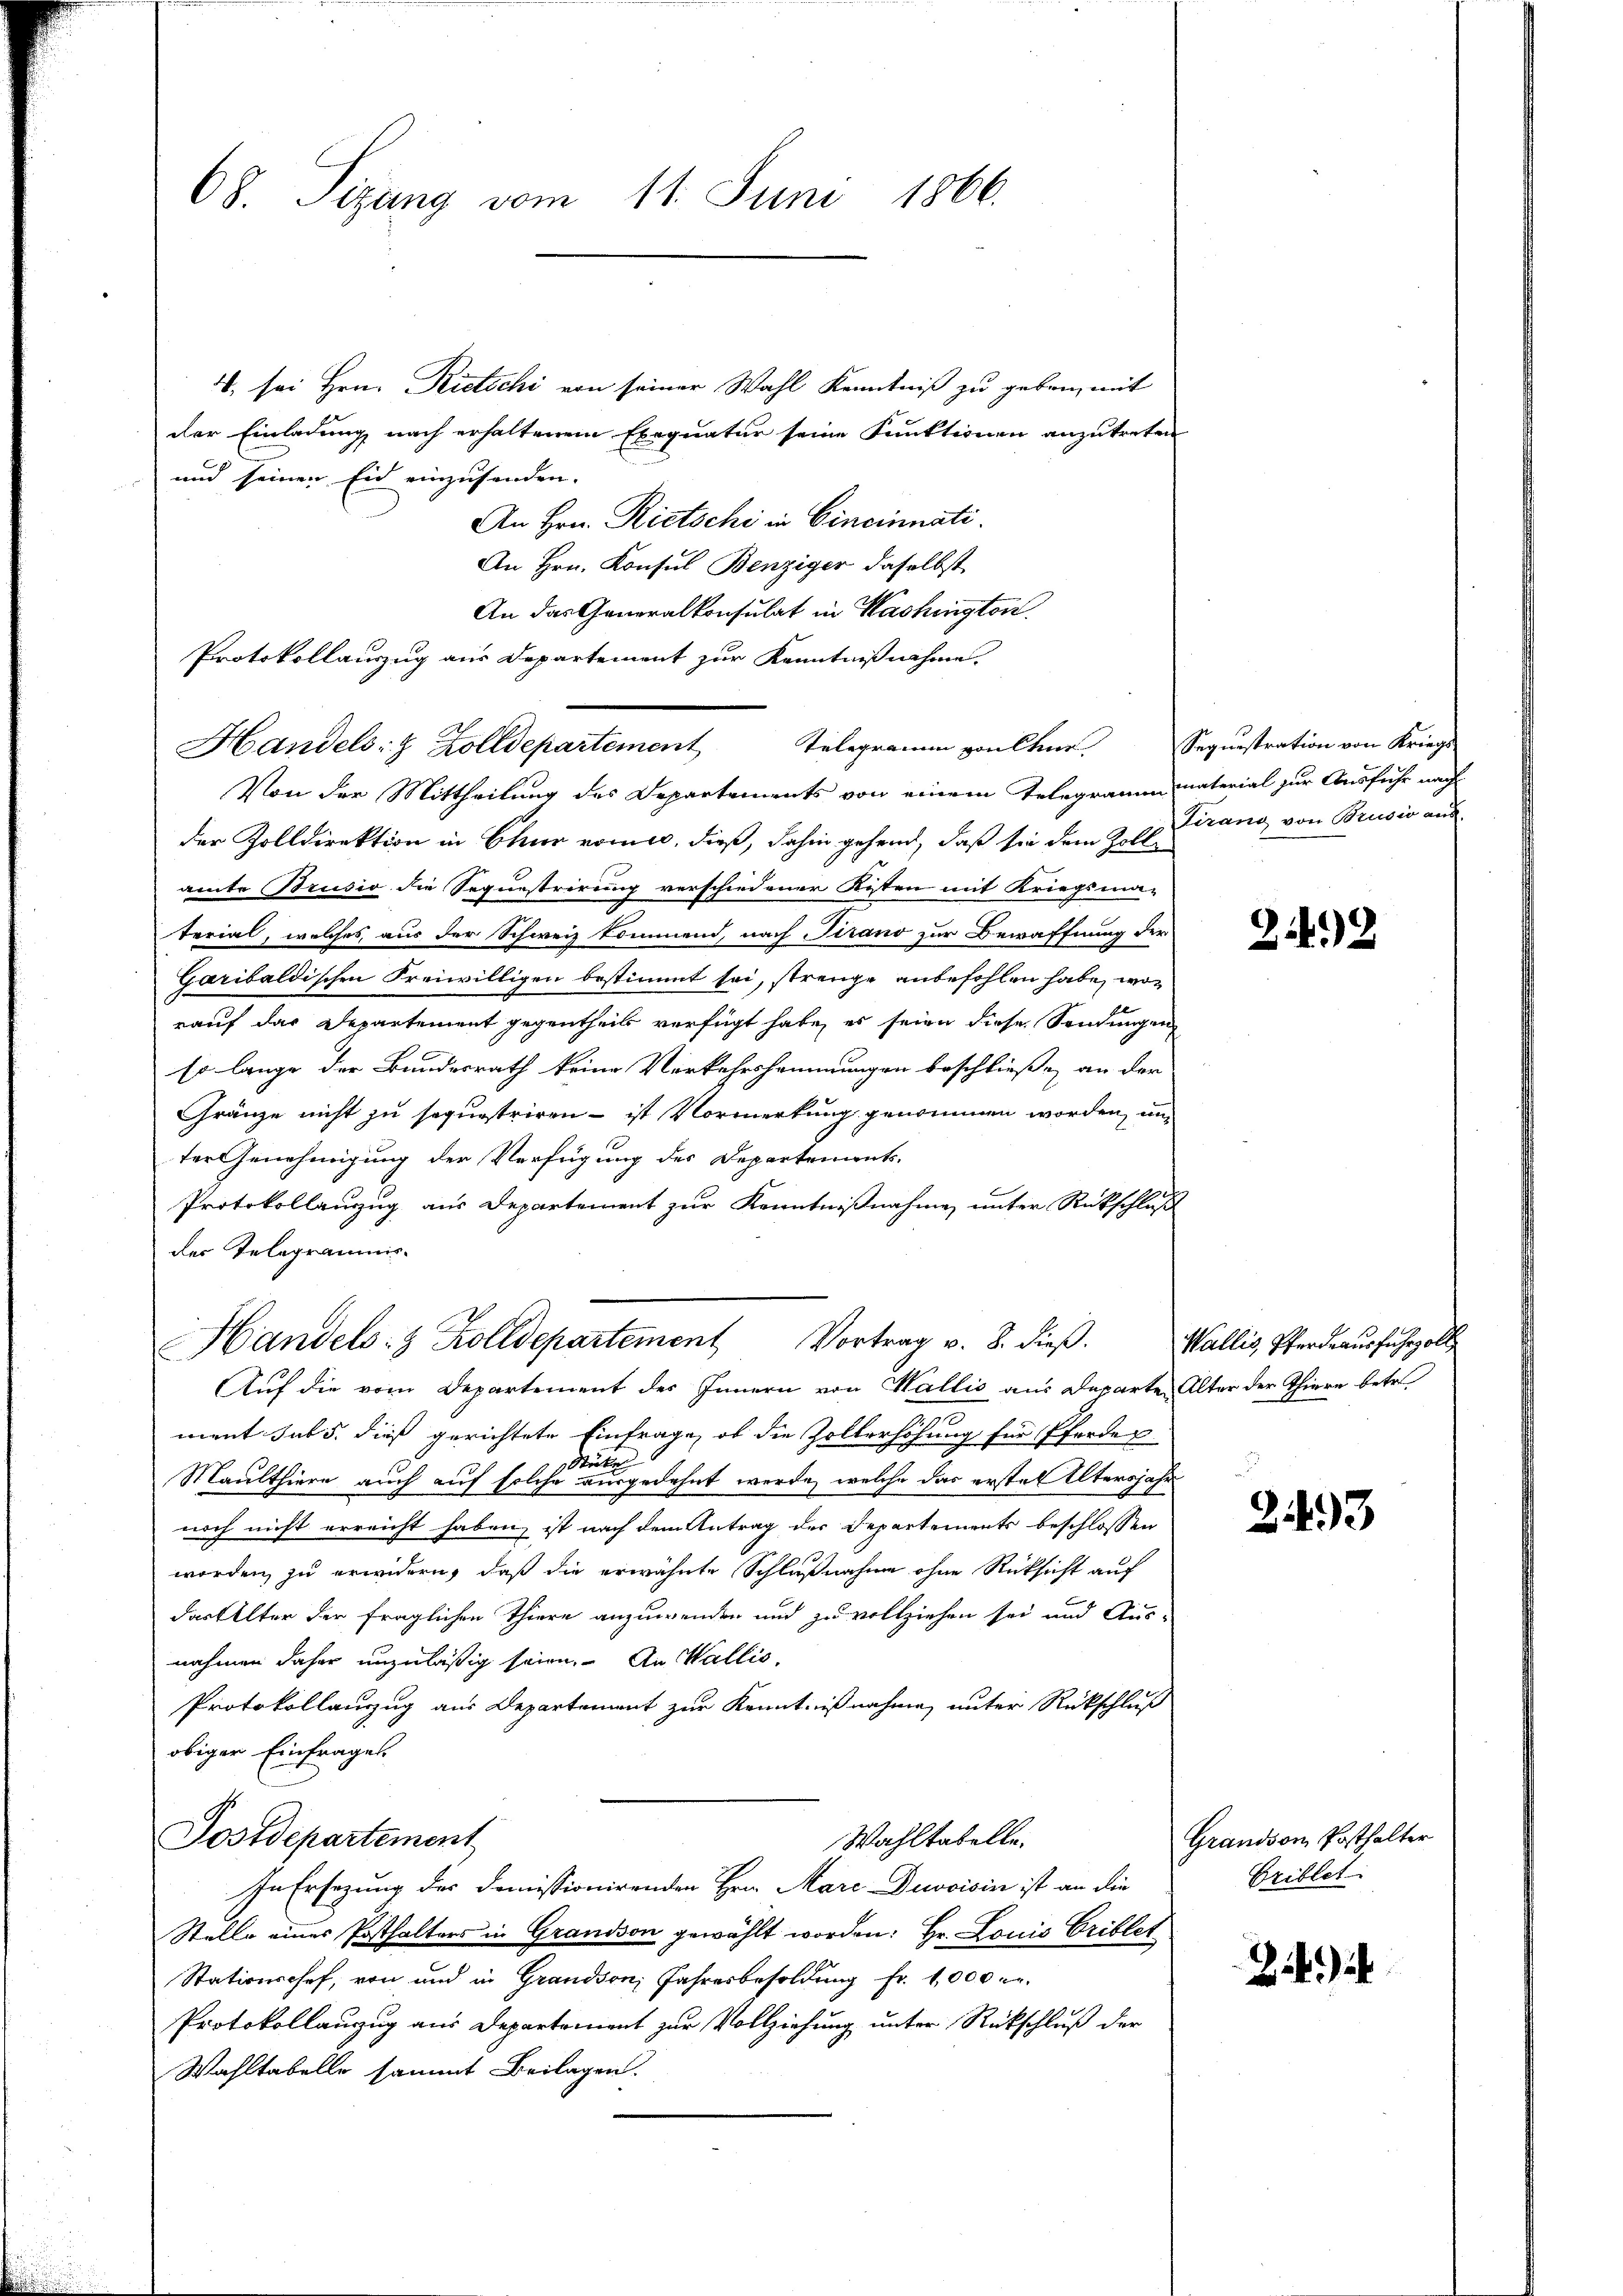
68. Sizang vom 11. Juni 1866.

4. sei Hrn. Rietschi von seiner Wahl Kenntniß zu geben, mit
der Einladung nach erhaltenem Exequatur seine Funktionen anzutreten
und seinen Eid einzusenden.
An Hrn. Rietschi in Cincinnati
An Hrn. Konsul Benziger daselbst
An das Generalkonsulat in Washington
Protokollauszug aus Departement zur Kenntnißnahme.
Von der Mittheilung des Departements von einem Telegramm material zur Ausfuhr nach
der Zolldirektion in Chur vom 10. dieß, dahin gehend, daß sie dem Zollamte Brusio die Sequestrirung verschiedener Kisten mit Kriegsma-
terial, welches, aus der Schweiz kommend, nach Tirano zur Bewaffnung der
Garibaldischen Freiwilligen bestimmt sei, strenge anbefohlen habe, wor
rauf das Departement gegentheils verfügt habe, es seien diese Sendungen
so lange der Bundesrath keine Verkehrshommungen beschließe an der
Gränze nicht zu sequestriren - ist Vormerkung genommen worden, um
ter Genehmigung der Verfügung des Departements-
Protokollanzug aus Departement zur Kenntnißnahme unter Rückschluß
der Telegraunis.
Handels Zolldepartement Vortrag v. 8. dieβ. Wallis, Pferdraŭsfuhrzoll
Auf die vom Departement des Innern von Wallis aus Departe Alter der Thiere betre
ment sub 5. dieß gerichtete Einfrage, ob die Zollerhöhung für Pferden
Stücke
Maulthiere auch auf solche ausgedehnt werde, welche das ersten Eltersjahr
noch nicht erreicht haben, ist nach dem Antrag der Departements beschlossen
worden, zu erwidern, daß die erwähnte Schlußnahme ohne Rücksicht auf
dartelter der fraglichen Thiere anzuwenden und zu vollziehen sei und Aus-
nahmen daher unzuläßig seien. An Wallis,
Protokollauszug aus Departement zur Kenntnißnahme, unter Rückschluß
obiger Einfrages.
Postdepartement
Wahltabelle.
In Ersezung der Domissionirenden Hrn. Aare Divoisin ist an die
Stelle eines Posthalters in Grandson gewählt worden: Hr. Louis Criblet
Stationschef, von und in Grandson, Jahresbesoldung fr. 1000 Fr.
Protokollanzug aus Departement zur Vollziehung unter Rückschluß der
Wahltabelle sammt Beilagen.

Handels- & Zolldepartement Telegramm von Char

Segnistration von Kriegs
Tizang von Brusio aus.

242

d
2493

Grandson Posthalter
Eriblet

Zi